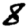
Digit: 8